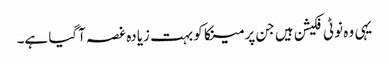
یہی وہ نوٹی فکیشن ہیں جن پر مینکا کو بہت زیادہ غصہ آگیا ہے۔